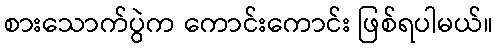
စားသောက်ပွဲက ကောင်းကောင်း ဖြစ်ရပါမယ်။